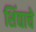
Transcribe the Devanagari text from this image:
शिंद्याचे